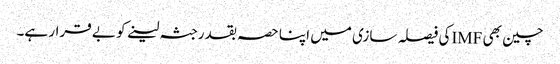
چین بھی IMFکی فیصلہ سازی میں اپنا حصہ بقدرجثہ لینے کو بے قرار ہے۔